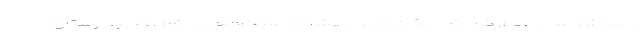
زمین‌شناسی اعلام کرد که امکان نصب هشت دستگاه جی‌پی‌اس در بیمارستان